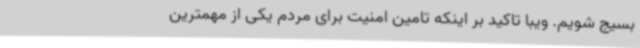
بسیج شویم. ویبا تاکید بر اینکه تامین امنیت برای مردم یکی از مهمترین